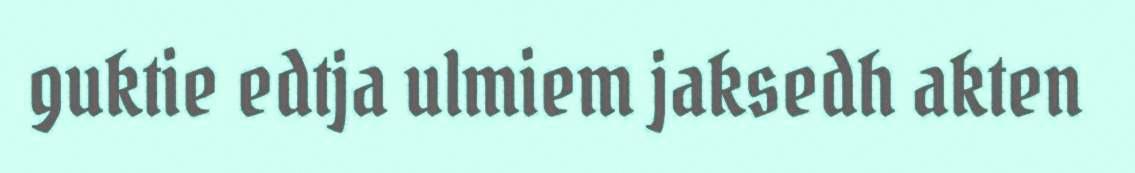
guktie edtja ulmiem jaksedh akten